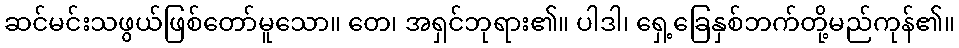
ဆင်မင်းသဖွယ်ဖြစ်တော်မူသော။ တေ၊ အရှင်ဘုရား၏။ ပါဒါ၊ ရှေ့ခြေနှစ်ဘက်တို့မည်ကုန်၏။